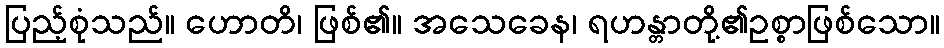
ပြည့်စုံသည်။ ဟောတိ၊ ဖြစ်၏။ အသေခေန၊ ရဟန္တာတို့၏ဥစ္စာဖြစ်သော။